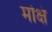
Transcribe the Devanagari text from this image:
मोक्षं